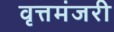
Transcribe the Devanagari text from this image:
वृत्तमंजरी